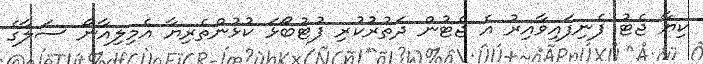
ކިޔާ ޖެޓު ފެނިފައިވާއިރު އެ ޖެޓުން ދަތުރުކުރި ފުޓުބޯޅަ ކުޅުންތެރިޔާ އެމިލިއާނޯ ސަލާގެ